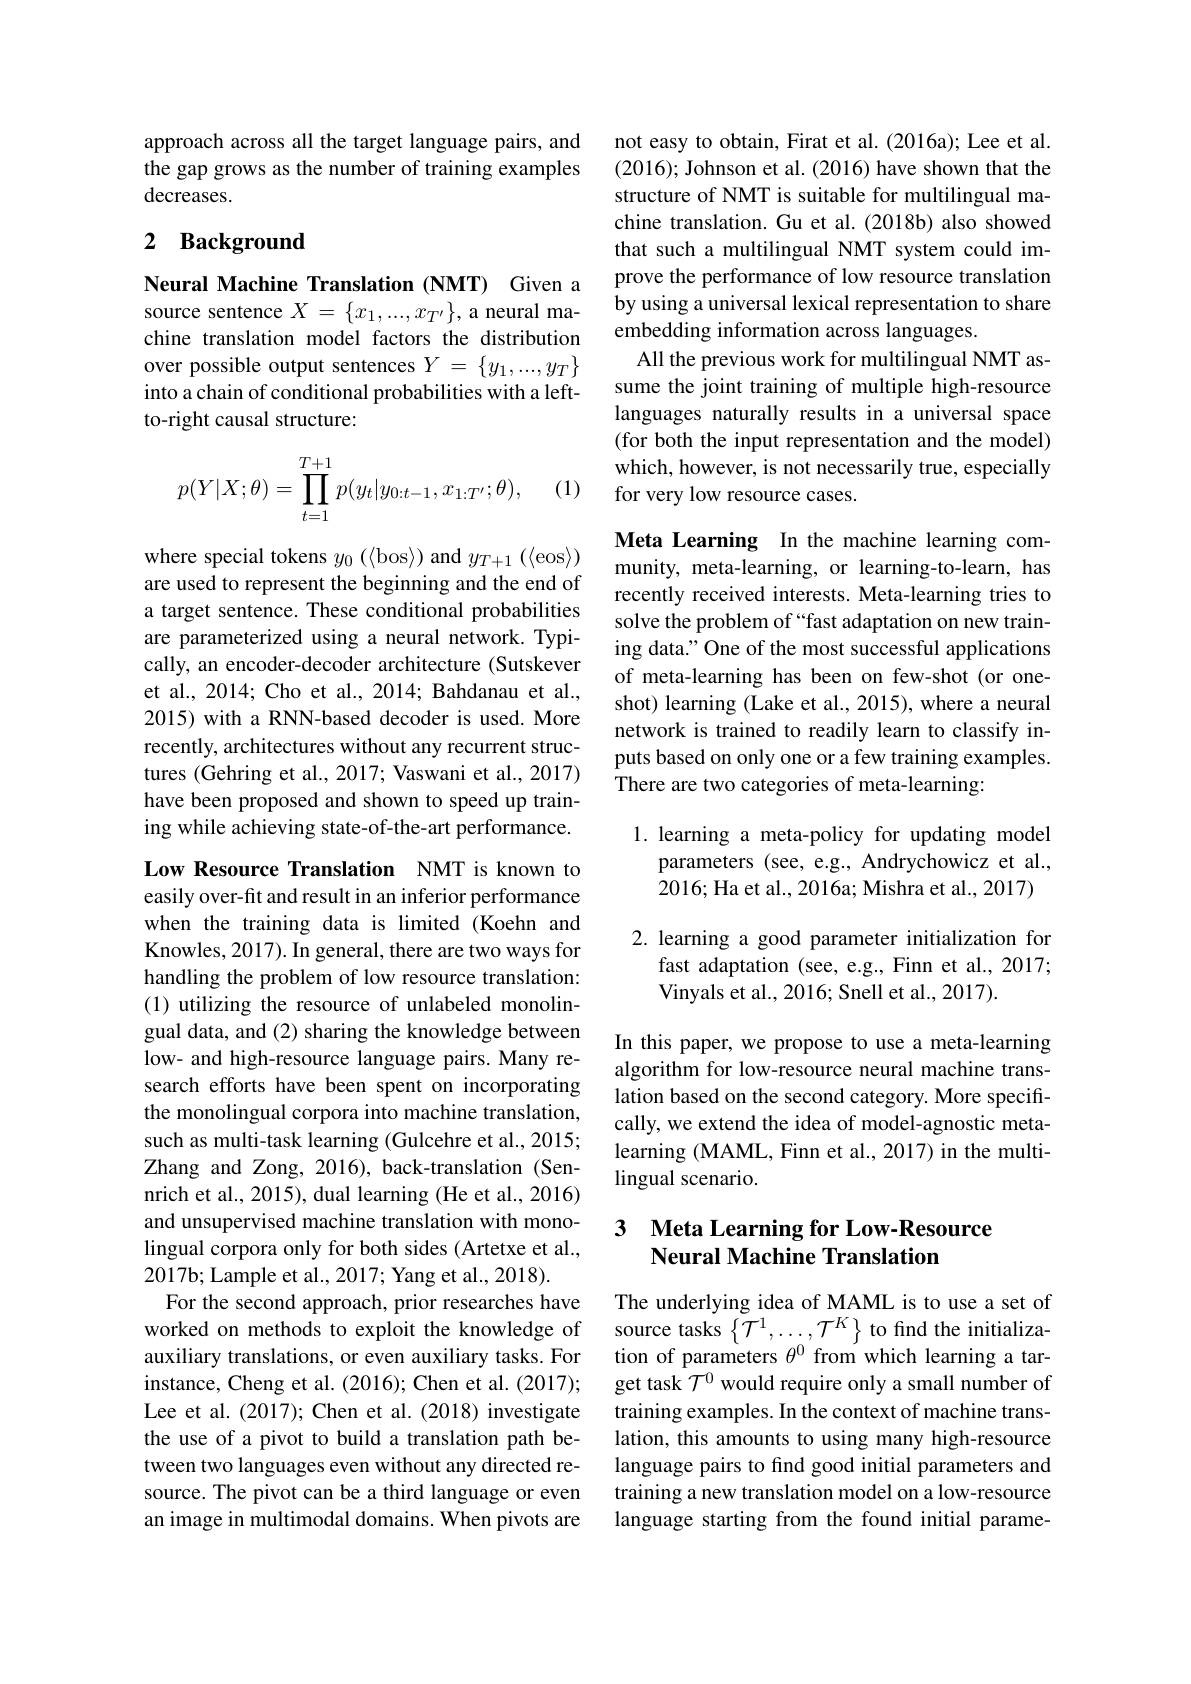
approach across all the target language pairs, and the gap grows as the number of training examples decreases.

### 2 Background

Neural Machine Translation (NMT) Given a source sentence $X=\{x_1,...,x_{T^{\prime}}\}$, a neural machine translation model factors the distribution over possible output sentences $Y=\{y_1,...,y_T\}$ into a chain of conditional probabilities with a leftto-right causal structure:
$$\begin{aligned}p(Y|X;\theta)=\prod_{t=1}^{T+1}p(y_t|y_{0:t-1},x_{1:T'};\theta),\end{aligned}$$
(1)

where special tokens $y_0\left(\langle\mathrm{bos}\rangle\right)$ and $y_T+1\left(\langle\mathrm{eos}\rangle\right)$ are used to represent the beginning and the end of a target sentence. These conditional probabilities are parameterized using a neural network. Typically, an encoder-decoder architecture (Sutskever et al., 2014; Cho et al., 2014; Bahdanau et al., 2015) with a RNN-based decoder is used. More recently, architectures without any recurrent structures (Gehring et al., 2017; Vaswani et al., 2017) have been proposed and shown to speed up training while achieving state-of-the-art performance.

Low Resource Translation NMT is known to easily over-fit and result in an inferior performance when the training data is limited (Koehn and Knowles, 2017). In general, there are two ways for handling the problem of low resource translation: (1) utilizing the resource of unlabeled monolingual data, and (2) sharing the knowledge between low- and high-resource language pairs. Many research efforts have been spent on incorporating the monolingual corpora into machine translation, such as multi-task learning (Gulcehre et al., 2015; Zhang and Zong, 2016), back-translation (Sennrich et al., 2015), dual learning (He et al., 2016) and unsupervised machine translation with monolingual corpora only for both sides (Artetxe et al., 2017b; Lample et al., 2017; Yang et al., 2018).
For the second approach, prior researches have worked on methods to exploit the knowledge of auxiliary translations, or even auxiliary tasks. For instance, Cheng et al. (2016); Chen et al. (2017); Lee et al. (2017); Chen et al. (2018) investigate the use of a pivot to build a translation path between two languages even without any directed resource. The pivot can be a third language or even an image in multimodal domains. When pivots are

not easy to obtain, Firat et al. (2016a); Lee et al. (2016); Johnson et al. (2016) have shown that the structure of NMT is suitable for multilingual machine translation. Gu et al. (2018b) also showed that such a multilingual NMT system could improve the performance of low resource translation by using a universal lexical representation to share embedding information across languages.
All the previous work for multilingual NMT assume the joint training of multiple high-resource languages naturally results in a universal space (for both the input representation and the model) which, however, is not necessarily true, especially for very low resource cases.

Meta Learning In the machine learning community, meta-learning, or learning-to-learn, has recently received interests. Meta-learning tries to solve the problem of “fast adaptation on new training data." One of the most successful applications of meta-learning has been on few-shot (or oneshot) learning (Lake et al., 2015), where a neural network is trained to readily learn to classify inputs based on only one or a few training examples. There are two categories of meta-learning:

1. learning a meta-policy for updating model
parameters (see, e.g., Andrychowicz et al., 2016; Ha et al., 2016a; Mishra et al., 2017)

2. learning a good parameter initialization for
fast adaptation (see, e.g., Finn et al., 2017;
Vinyals et al., 2016; Snell et al., 2017).

In this paper, we propose to use a meta-learning algorithm for low-resource neural machine translation based on the second category. More specifically, we extend the idea of model-agnostic metalearning (MAML, Finn et al., 2017) in the multilingual scenario.

### 3 Meta Learning for Low-Resource Neural Machine Translation

The underlying idea of MAML is to use a set of source tasks $\left\{\mathcal{T}^{1},\ldots,\mathcal{T}^{K}\right\}$ to find the initialization of parameters $\theta^{0}$ from which learning a target task $\mathcal{T}^0$ would require only a small number of training examples. In the context of machine translation, this amounts to using many high-resource language pairs to find good initial parameters and training a new translation model on a low-resource language starting from the found initial parame-